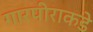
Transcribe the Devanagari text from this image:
गारपीराकडे